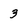
Character: 3